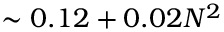
\sim 0 . 1 2 + 0 . 0 2 N ^ { 2 }